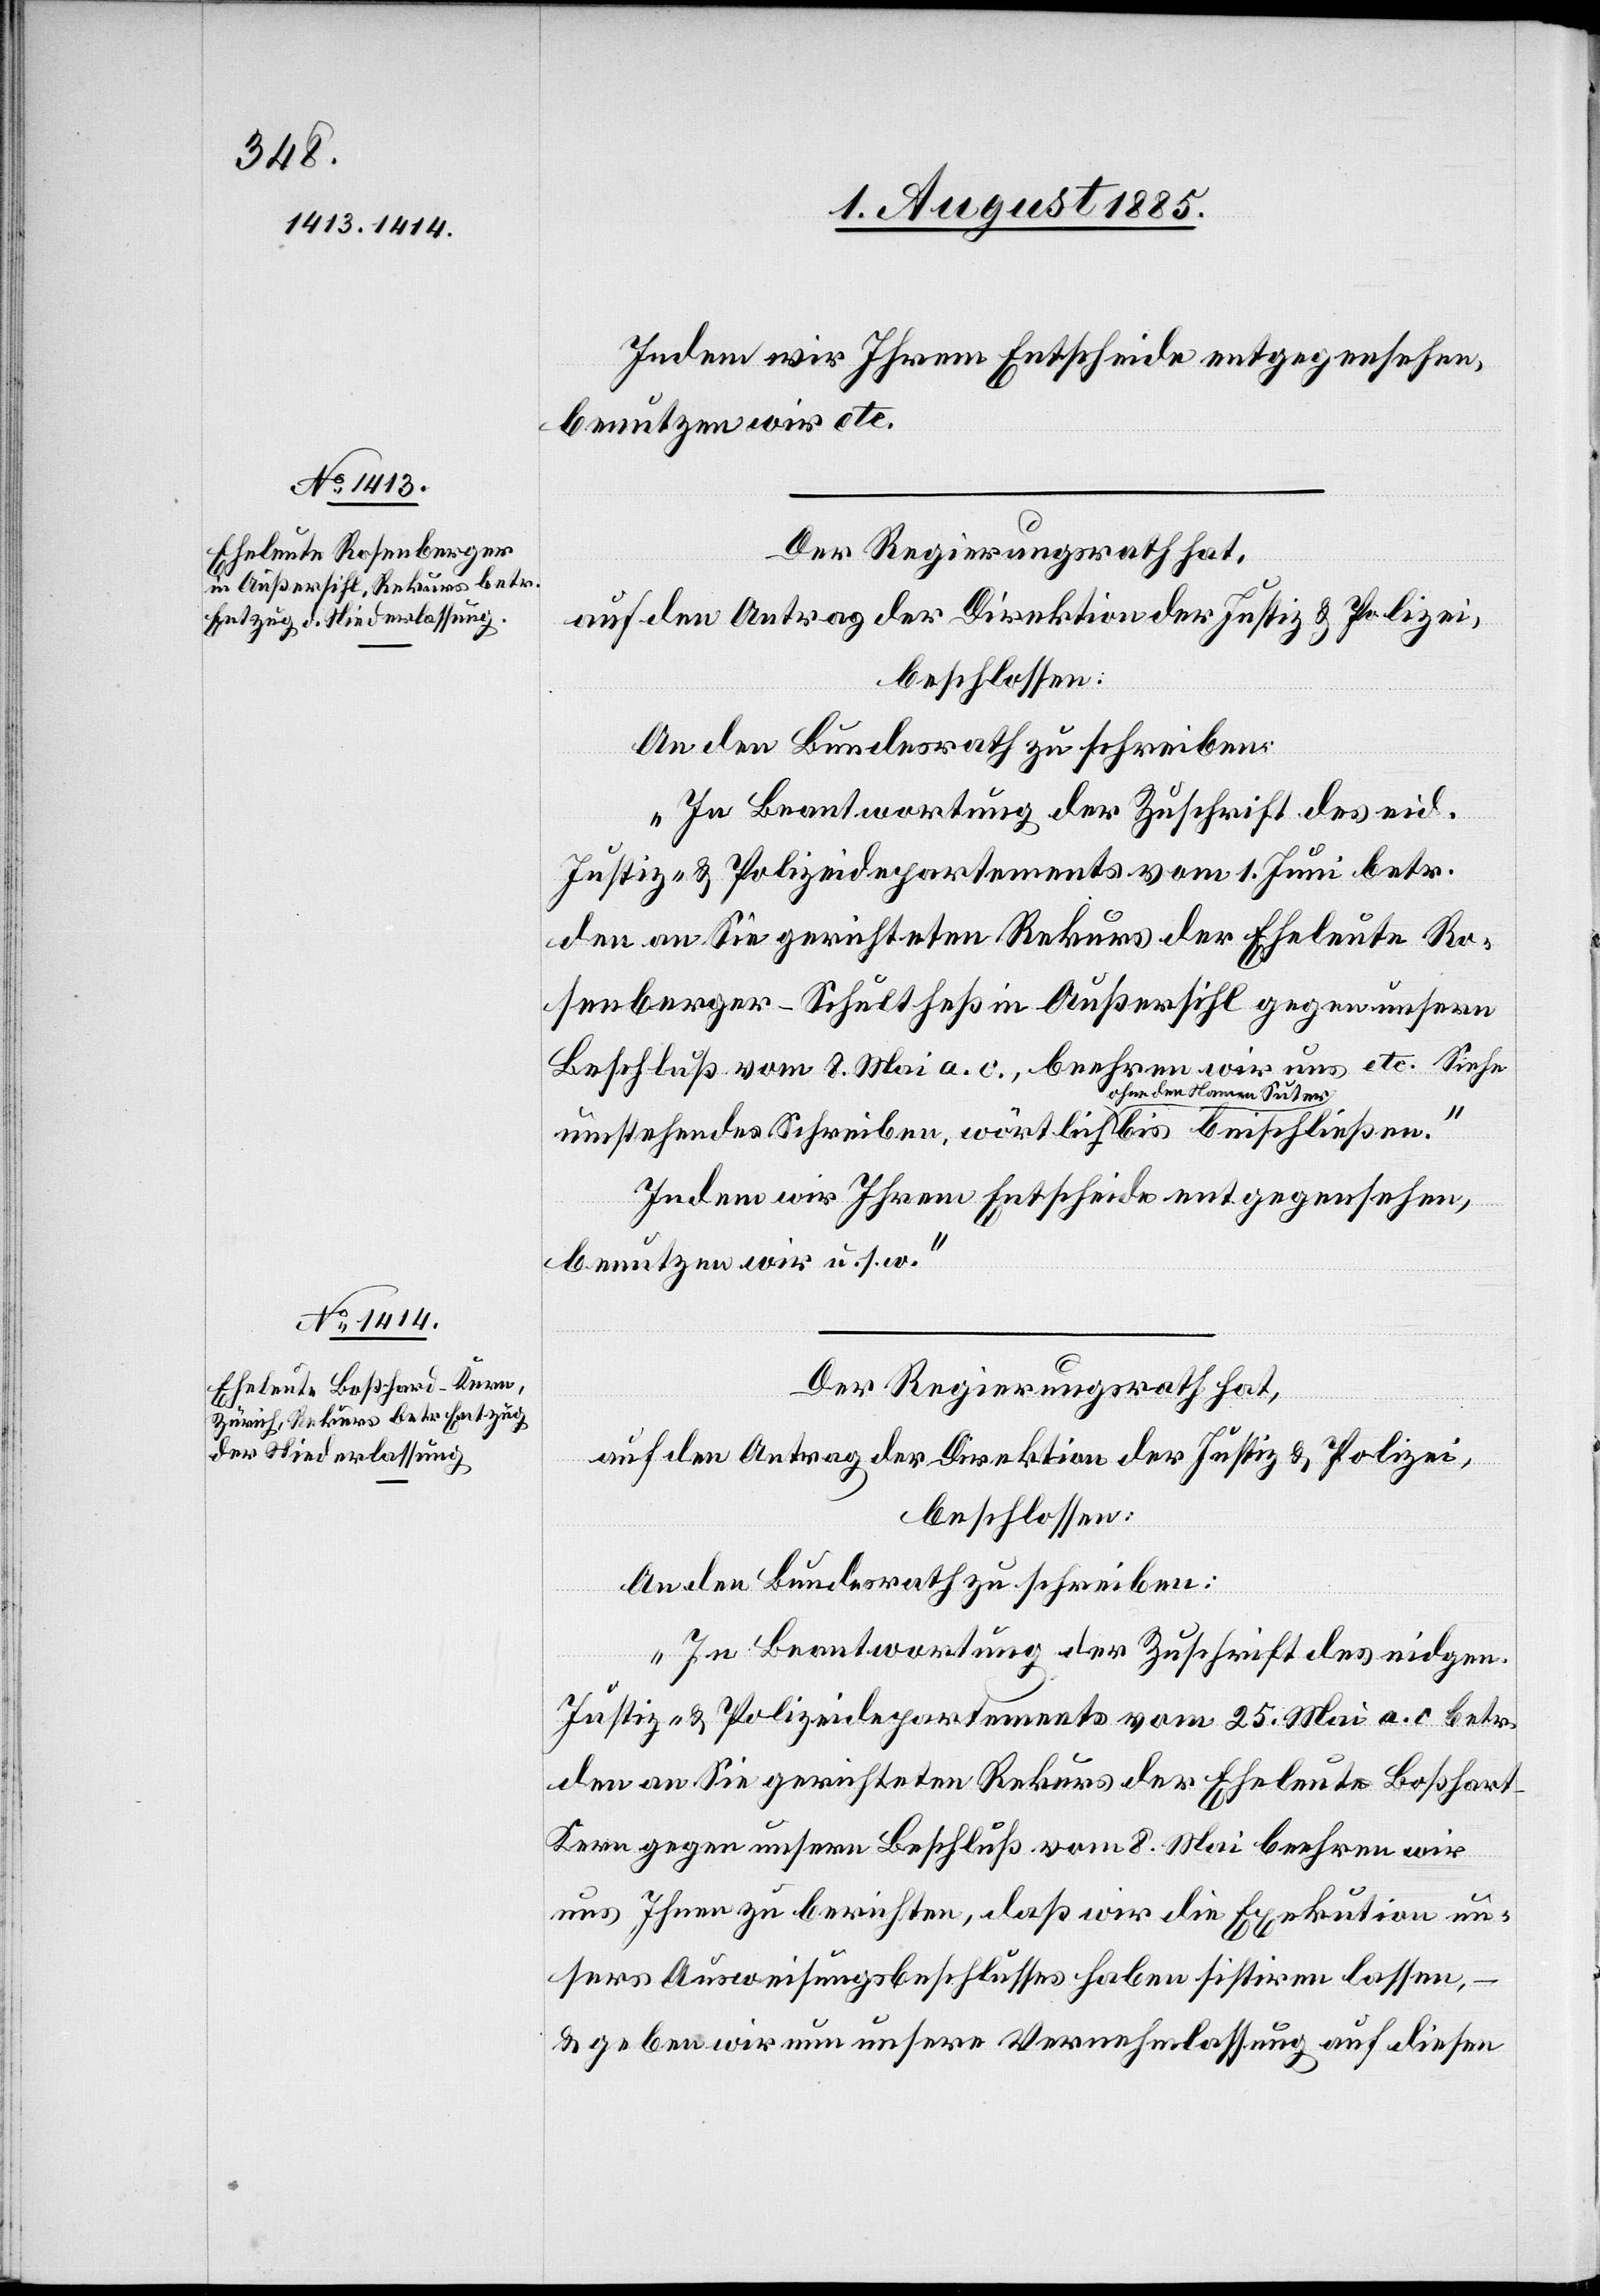
Der Regierungsrath hat,
auf den Antrag der Direktion der Justiz & Polizei,
beschlossen:
An den Bundesrath zu schreiben:
t-Kern
„In Beantwortung der Zuschrift des eid.
Justiz- & Polizeidepartements vom 1. Juni betr.
den an Sie gerichteten Rekurs der Eheleute Ro¬
senberger-Schultheß in Außersihl gegen unsern
Beschluß vom 8. Mai a. c., beehren wir uns etc. Siehe
Namen Suter-a
Indem wir Ihrem Entscheide entgegen sehen,
benutzen wir u. s. w.“
Der Regierungsrath hat,
auf den Antrag der Direktion der Justiz & Polizei,
beschlossen:
An den Bundesrath zu schreiben:
„In Beantwortung der Zuschrift des eidgen.
Justiz- & Polizeidepartements vom 25. Mai a. c. betr.
den an Sie gerichteten Rekurs der Eheleute Boßhar¬
[sic!] gegen unsern Beschluß vom 8. Mai beehren wir
uns Ihnen zu berichten, daß wie die Exekution un¬
sers Ausweisungsbeschlusses haben sistiren lassen,
–
& geben wir nun unsere Vernehmlassung auf diesen